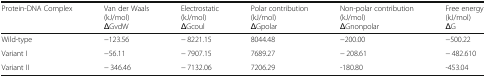
| Protein-DNA Complex | Van der Waals (kJ/mol)ΔGvdW | Electrostatic (kJ/mol)ΔGcoul | Polar contribution(kJ/mol)ΔGpolar | Non-polar contribution(kJ/mol)ΔGnonpolar | Free energy(kJ/mol)ΔG |
 | --- | --- | --- | --- | --- | --- |
 | Wild-type | −123.56 | − 8221.15 | 8044.48 | −200.00 | −500.22 |
 | Variant I | −56.11 | − 7907.15 | 7689.27 | − 208.61 | − 482.610 |
 | Variant II | − 346.46 | − 7132.06 | 7206.29 | -180.80 | -453.04 |